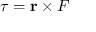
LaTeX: \tau = \mathbf { r } \times F